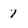
Character: 7